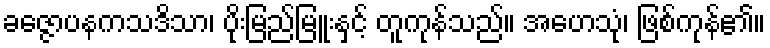
ခဇ္ဇောပနကသဒိသာ၊ ပိုးမြည်မြူးနှင့် တူကုန်သည်။ အဟေသုံ၊ ဖြစ်ကုန်၏။